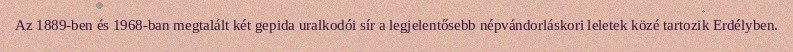
Az 1889-ben és 1968-ban megtalált két gepida uralkodói sír a legjelentősebb népvándorláskori leletek közé tartozik Erdélyben.